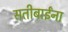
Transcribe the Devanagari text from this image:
सतीबाईंना